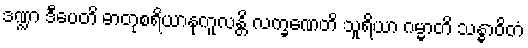
ဒဏ္ဍာ ဒီပေတိ ဓာတုစရိယာနုကူလန္တိ လက္ခဏေတိ သူရိယာ ဂမ္မာတိ သန္ဓာဝိတံ